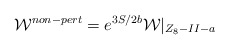
\begin{align*}{\cal W}^{non-pert} = e^{3S/2b} {\cal W}|_{Z_8 -II -a}\end{align*}